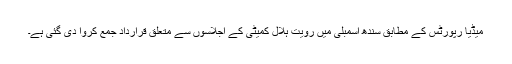
میڈیا رپورٹس کے مطابق سندھ اسمبلی میں رويت ہلال کمیٹی کے اجلاسوں سے متعلق قرارداد جمع کروا دی گئی ہے۔